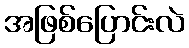
အဖြစ်ပြောင်းလဲ